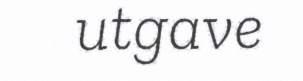
utgave